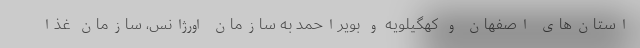
استان‌های اصفهان و کهگیلویه و بویراحمد به سازمان اورژانس، سازمان غذا